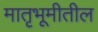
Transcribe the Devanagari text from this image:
मातृभूमीतील